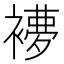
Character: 𧜩